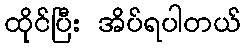
ထိုင်ပြီး အိပ်ရပါတယ်